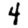
Digit: 4